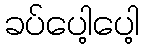
ခပ်ပေါ့ပေါ့